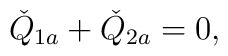
\check{Q}_{1a}+\check{Q}_{2a}=0,